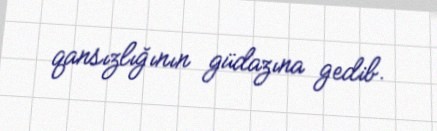
qansızlığının güdazına gedib.